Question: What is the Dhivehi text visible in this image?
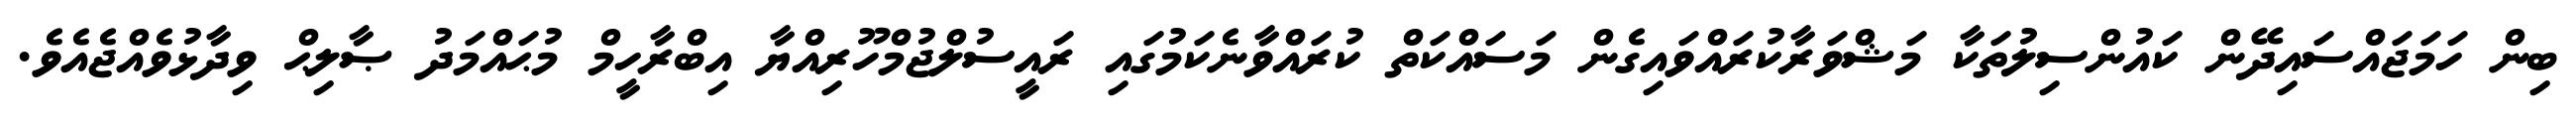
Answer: ބިން ހަމަޖައްސައިދޭން ކައުންސިލުތަކާ މަޝްވަރާކުރައްވައިގެން މަސައްކަތް ކުރައްވާނެކަމުގައި ރައީސުލްޖުމްހޫރިއްޔާ އިބްރާހީމް މުޙައްމަދު ޞާލިޙް ވިދާޅުވެއްޖެއެވެ.